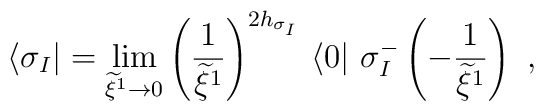
\langle \sigma_{I} |  = \lim_{\widetilde{\xi}^{1}\rightarrow 0}      \left(\frac{1}{\widetilde{\xi}^{1}}\right)^{2h_{\sigma_{I}}}     \,  \langle 0 |    ~\sigma^{-}_{I}\left(-\frac{1}{\widetilde{\xi}^{1}}\right)~,